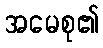
အမေစု၏